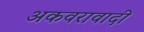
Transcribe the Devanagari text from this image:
अकवरावादी